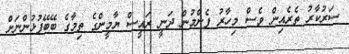
ސަރުކާރު ތެރެއިން ވެސް މިހާރު ފެންމުން ދަނީ ރައީސް ޔާމީންގެ ތިމާގެ ބޭބޭފުޅުންނަށް